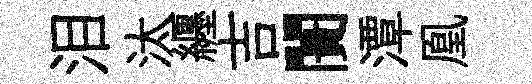
泪汰纒吉闠潭凰